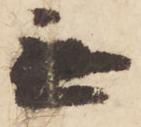
無